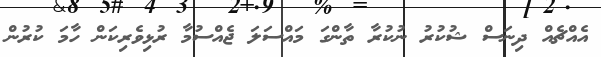
އެއްޗެއް ދިނަސް ޝުކުރު ނުކުރާ ތާންގަ މައްސަލަ ޖެއްސުމާ ރުޅިވެރިކަން ހާމަ ކުރުން